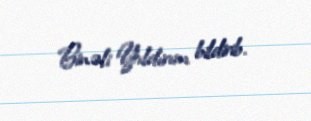
Binəli Yıldırım bildirib.